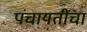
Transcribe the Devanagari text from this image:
पंचायतींचा